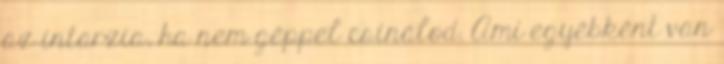
az intarzia, ha nem géppel csinálod. Ami egyébként van